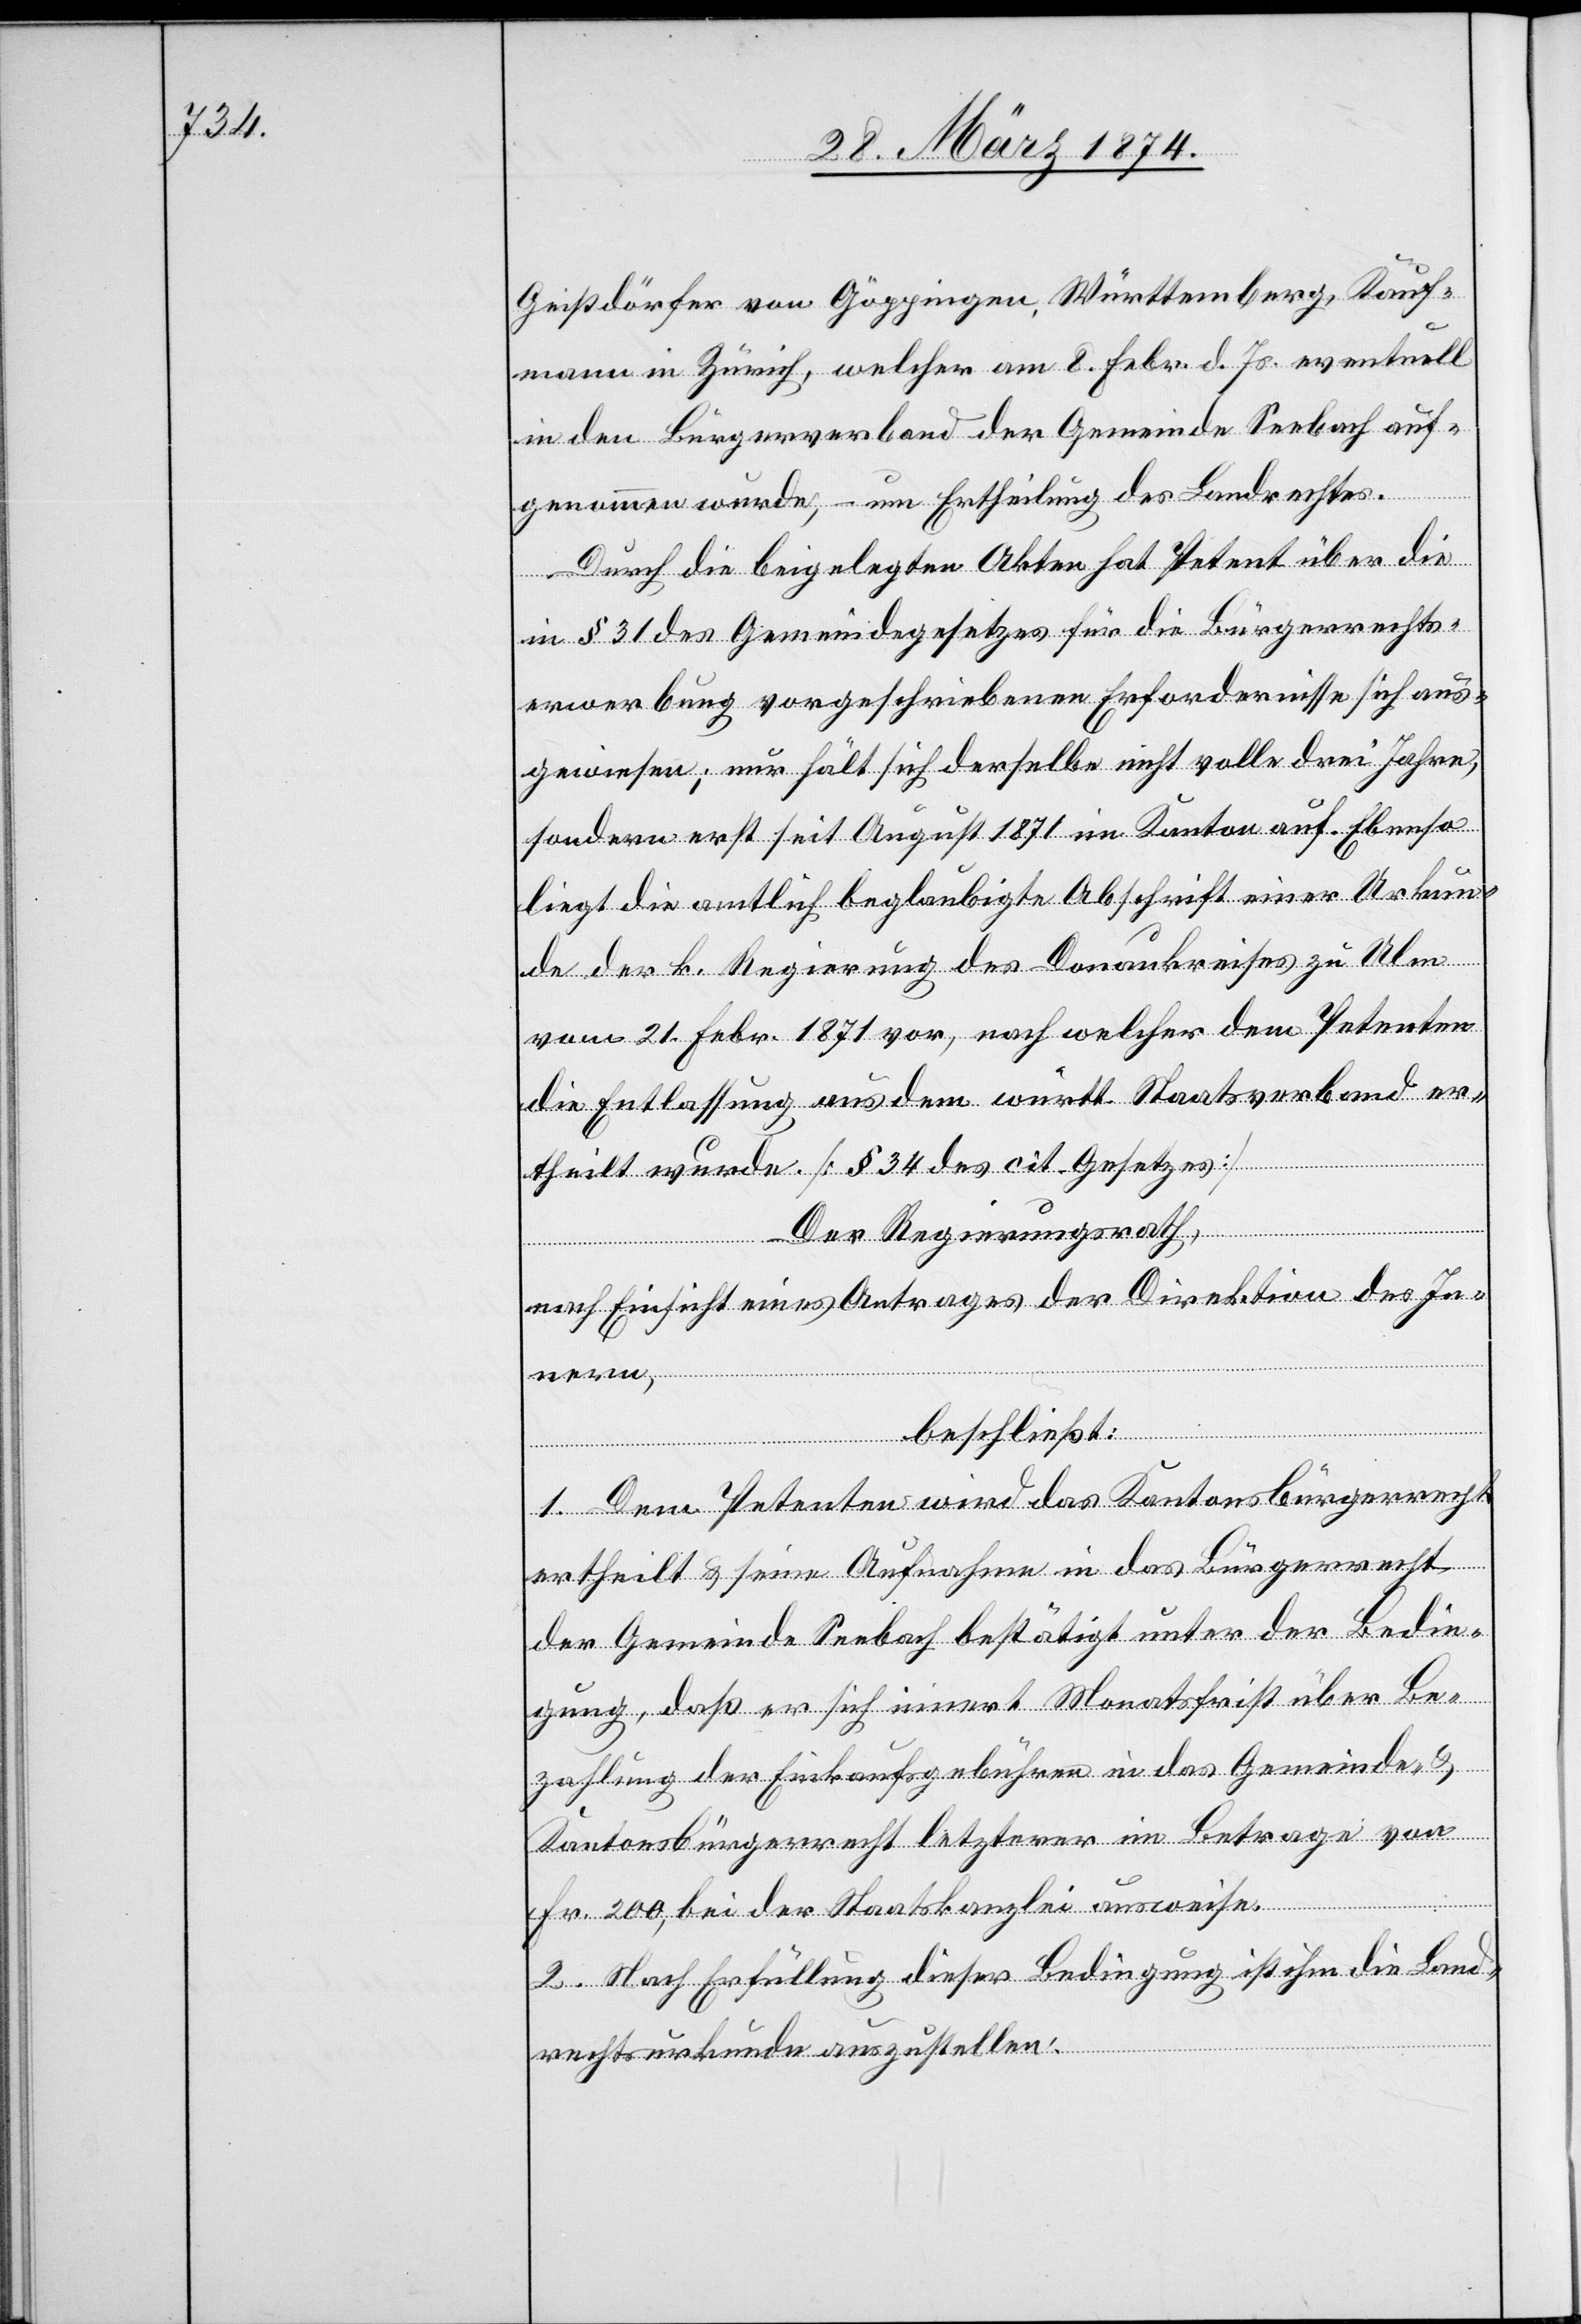
Geistdörfer von Göppingen, Württemberg, Kauf¬
mann in Zürich, welcher am 8. Febr. d. Js. eventuell
in den Bürgerverband der Gemeinde Seebach auf¬
genommen wurde, – um Ertheilung des Landrechtes.
Durch die beigelegten Akten hat Petent über die
in § 31 des Gemeindegesetzes für die Bürgerrechts¬
erwerbung vorgeschriebenen Erfordernisse sich aus¬
gewiesen; nur hält sich derselbe nicht volle drei Jahre,
sondern erst seit August 1871 im Kanton auf. Ebenso
liegt die amtliche beglaubigte Abschrift einer Urkun¬
de der k. Regierung des Donaukreises zu Ulm
vom 21. Febr. 1871 vor, nach welcher dem Petenten
die Entlassung aus dem württ. Staatsverband er¬
theilt wurde. [§ 34 des cit. Gesetzes]
Der Regierungsrath,
nach Einsicht eines Antrages der Direktion des In¬
beschließt:
1. Dem Petenten wird das Kantonsbürgerrecht
ertheilt u. seine Aufnahme in das Bürgerrecht
der Gemeinde Seebach bestätigt unter der Bedin¬
gung, daß er sich innert Monatsfrist über Be¬
zahlung der Einkaufsgebühren in das Gemeinde- u.
nern,
Kantonsbürgerrecht letzterer im Betrage von
Fr. 200, bei der Staatskanzlei ausweise.
2. Nach Erfüllung dieser Bedingung ist ihm die Land¬
rechtsurkunde auszustellen.